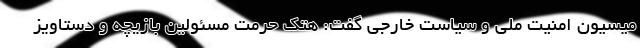
میسیون امنیت ملی و سیاست خارجی گفت: هتک حرمت‌ مسئولین بازیچه و دستاویز